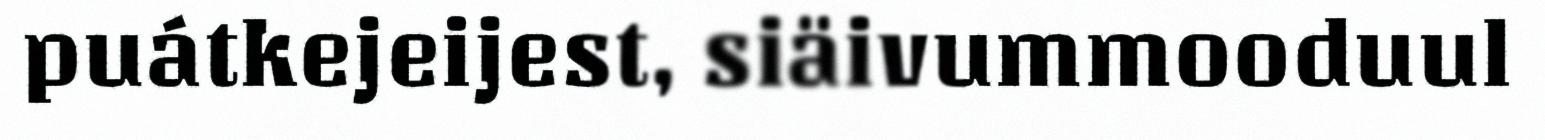
puátkejeijest, siäivummooduul